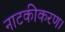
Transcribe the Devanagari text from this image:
नाटकीकरण।